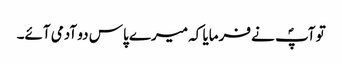
تو آپؐ نے فرمایا کہ میرے پاس دو آدمی آئے۔